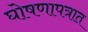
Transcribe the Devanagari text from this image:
घोषणापत्रात